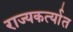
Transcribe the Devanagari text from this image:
राज्यकर्त्यात